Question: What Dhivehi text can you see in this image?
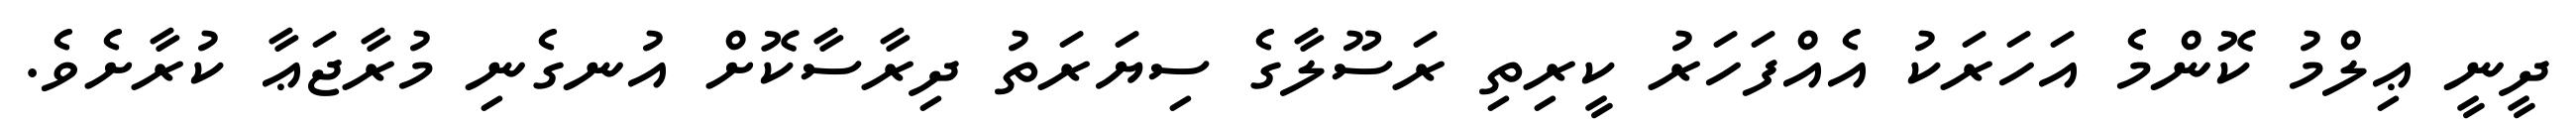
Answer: ދީނީ ޢިލްމު ކޮންމެ އަހަރަކު އެއްފަހަރު ކީރިތި ރަސޫލާގެ ސިޔަރަތު ދިރާސާކޮށް އުނގެނި މުރާޖަޢާ ކުރާށެވެ.